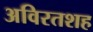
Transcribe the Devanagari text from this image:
अविरतशह